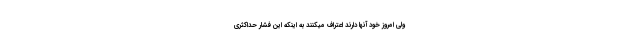
ولی امروز خود آنها دارند اعتراف میکنند به اینکه این فشار حدّاکثری